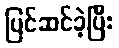
ပြင်ဆင်ခဲ့ပြီး